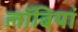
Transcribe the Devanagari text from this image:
लॉबियां